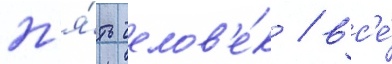
п'я́ть челов'е́к / вс'е́